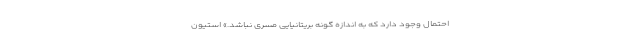
احتمال وجود دارد که به اندازه گونه بریتانیایی مسری نباشد.» استیون